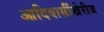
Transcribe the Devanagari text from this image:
आदिवासींखेरीज